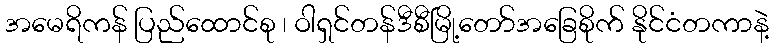
အမေရိကန် ပြည်ထောင်စု ၊ ဝါရှင်တန်ဒီစီမြို့တော်အခြေစိုက် နိုင်ငံတကာနဲ့